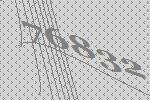
76832